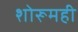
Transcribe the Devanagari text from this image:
शोरूमही